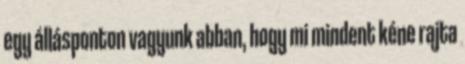
egy állásponton vagyunk abban, hogy mi mindent kéne rajta